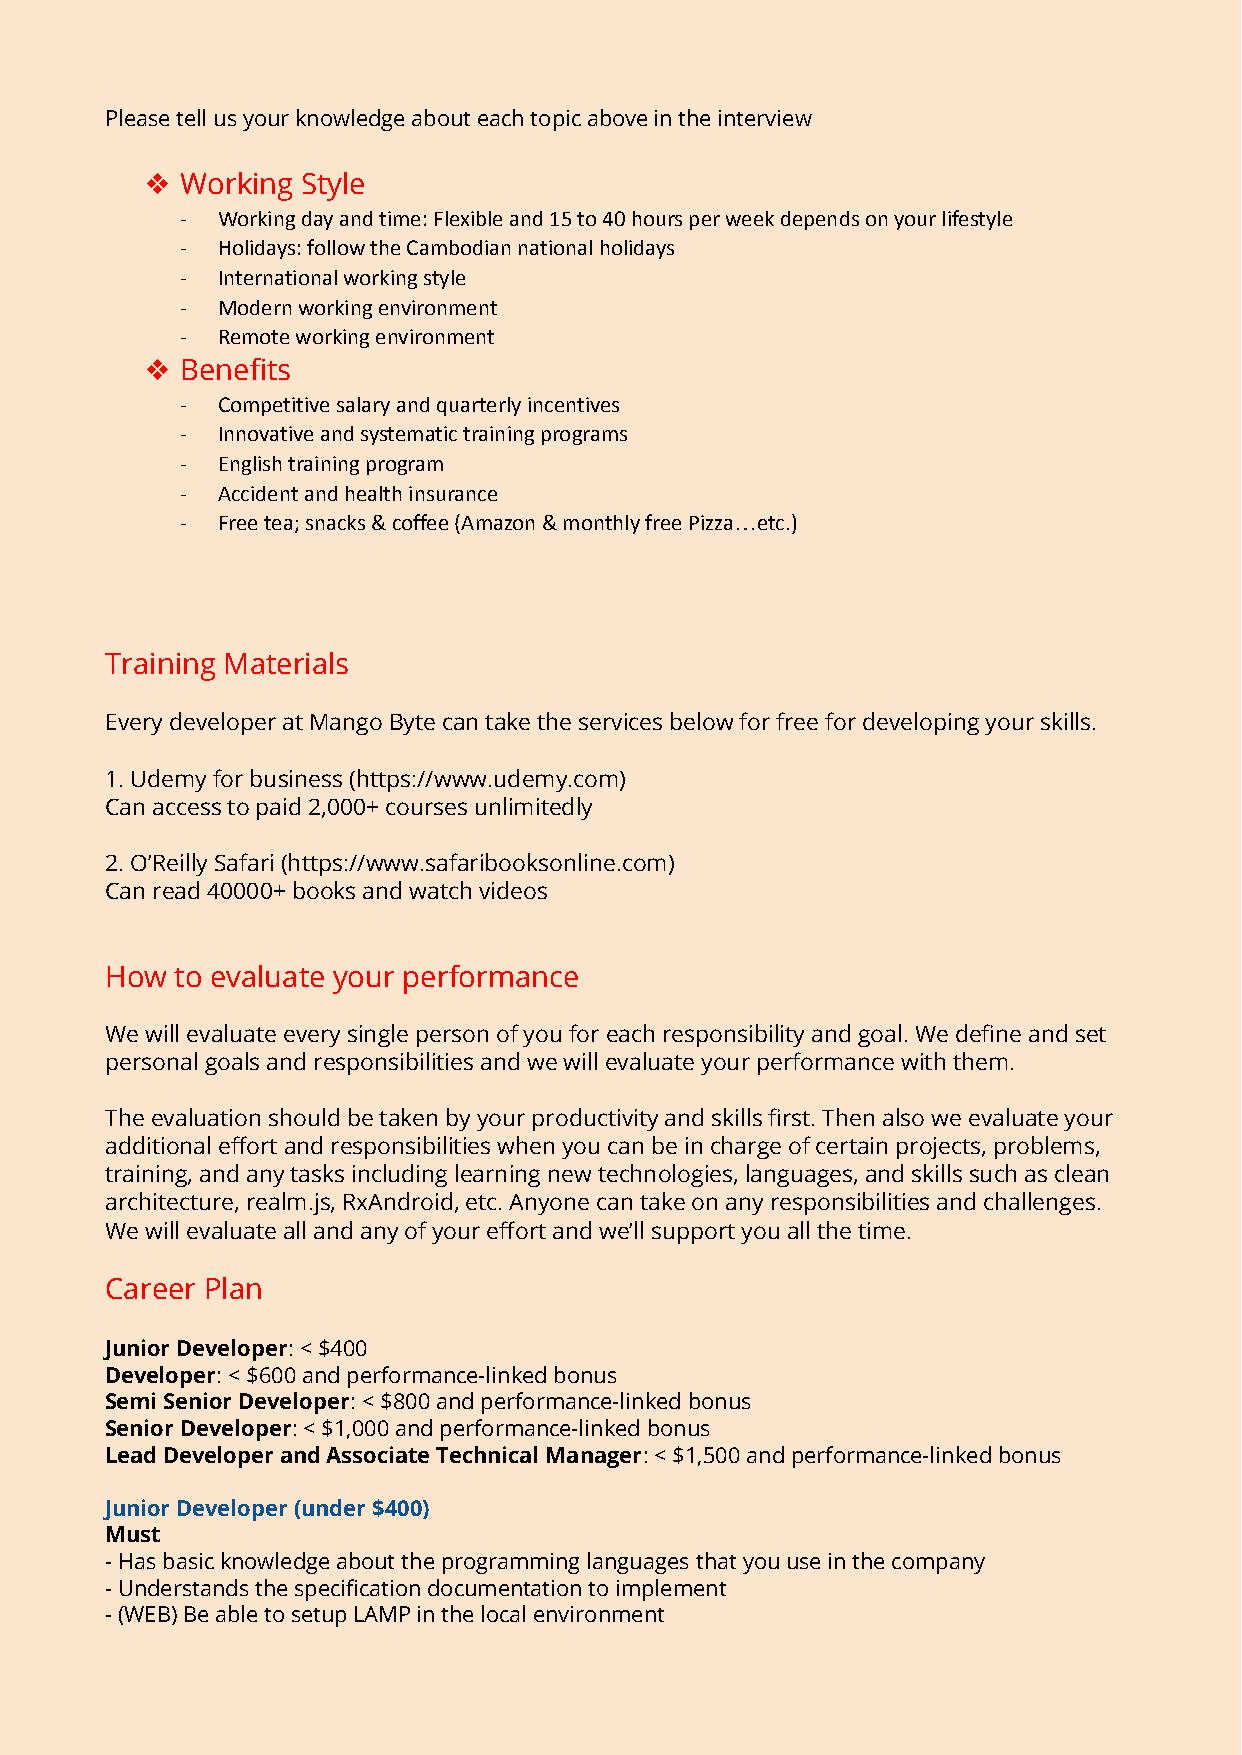
Please tell us your knowledge about each topic above in the interview
 ❖  Working Style
 - Working day and time: Flexible and 15 to 40 hoursper week depends on your lifestyle
 - Holidays: follow the Cambodian national holidays
 - International working style
 - Modern working environment
 - Remote working environment
 ❖  Benefits
 - Competitive salary and quarterly incentives
 - Innovative and systematic training programs
 - English training program
 - Accident and health insurance
 - Free tea; snacks & coffee (Amazon & monthly free Pizza…etc.)
 Training Materials
 Every developer at Mango Byte can take the servicesbelow for free for developing your skills.
 1. Udemy for business (https://www.udemy.com)
 Can access to paid 2,000+ courses unlimitedly
 2. O’Reilly Safari (https://www.safaribooksonline.com)
 Can read 40000+ books and watch videos
 How  to evaluate your performance
 We will evaluate every single person of you for eachresponsibility and goal. We define and set
 personal goals and responsibilities and we will evaluateyour performance with them.
 The evaluation should be taken by your productivityand skills first. Then also we evaluate your
 additional effort and responsibilities when you canbe in charge of certain projects, problems,
 training, and any tasks including learning new technologies,languages, and skills such as clean
 architecture, realm.js, RxAndroid, etc. Anyone cantake on any responsibilities and challenges.
 We will evaluate all and any of your effort and we’llsupport you all the time.
 Career Plan
 Junior Developer: < $400
 Developer: < $600 and performance-linked bonus
 Semi Senior Developer: < $800 and performance-linkedbonus
 Senior Developer: < $1,000 and performance-linkedbonus
 Lead Developer and Associate Technical Manager: <$1,500 and performance-linked bonus
 Junior Developer (under $400)
 Must
 - Has basic knowledge about the programming languagesthat you use in the company
 - Understands the specification documentation to implement
 - (WEB) Be able to setup LAMP in the local environment